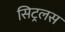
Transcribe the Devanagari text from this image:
सिट्रलस